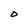
Character: D